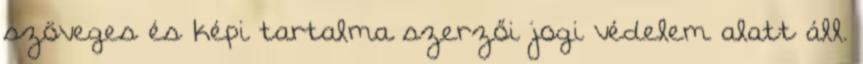
szöveges és képi tartalma szerzői jogi védelem alatt áll.